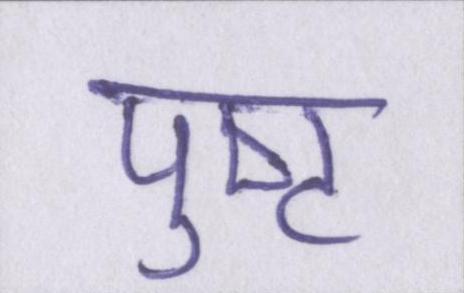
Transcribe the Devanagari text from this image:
पुष्ट